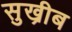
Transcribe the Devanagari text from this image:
सुख्रीब